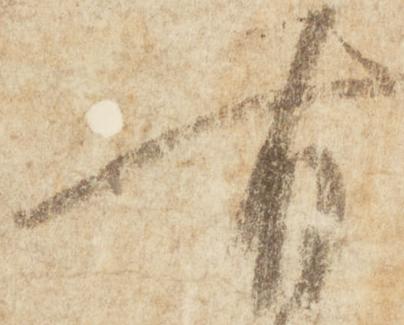
有